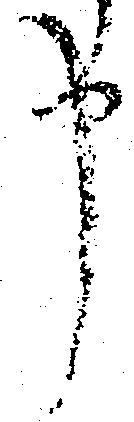
申